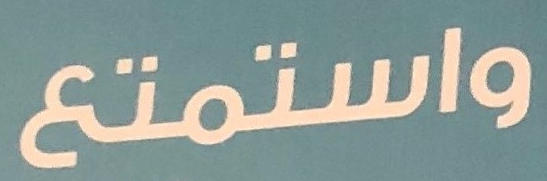
واستمتع